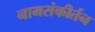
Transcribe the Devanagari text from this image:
नामसंकीर्तन